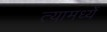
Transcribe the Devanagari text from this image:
त्यामध्यें